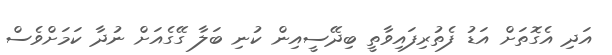
އަދި އެގޮތަށް އަޑު ފެތުރިފައިވާތީ ބިދޭސީއިން ކުނި ބަލާ ގޭގެއަށް ނުދާ ކަމަށްވެސް